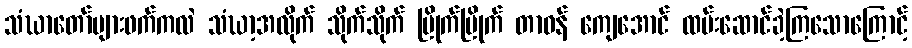
သံဃာတော်များဖက်ကလဲ သံဃာ့အလိုက် သိုက်သိုက် မြိုက်မြိုက် တာဝန် ကျေအောင် ထမ်းဆောင်ခဲ့ကြသောကြောင့်